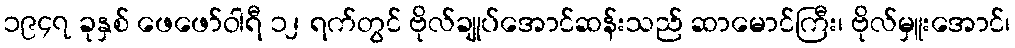
၁၉၄၇ ခုနှစ် ဖေဖော်ဝါရီ ၁၂ ရက်တွင် ဗိုလ်ချုပ်အောင်ဆန်းသည် ဆာမောင်ကြီး၊ ဗိုလ်မှူးအောင်၊